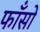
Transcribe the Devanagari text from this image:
फाँसों